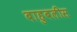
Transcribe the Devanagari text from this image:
बाहुबलीस